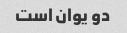
دو یوان است